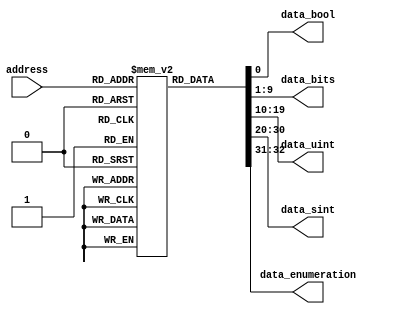
// Generator : SpinalHDL v1.4.3    git head : adf552d8f500e7419fff395b7049228e4bc5de26
// Component : RomTester
// Git hash  : adf552d8f500e7419fff395b7049228e4bc5de26


`define MyEnum_binary_sequential_type [1:0]
`define MyEnum_binary_sequential_a 2'b00
`define MyEnum_binary_sequential_b 2'b01
`define MyEnum_binary_sequential_c 2'b10


module RomTester (
  input      [2:0]    address,
  output              data_bool,
  output     [8:0]    data_bits,
  output     [9:0]    data_uint,
  output     [10:0]   data_sint,
  output     `MyEnum_binary_sequential_type data_enumeration
);
  wire       [32:0]   _zz_3;
  wire       [0:0]    _zz_4;
  wire       [32:0]   _zz_1;
  wire       `MyEnum_binary_sequential_type _zz_2;
  `ifndef SYNTHESIS
  reg [7:0] data_enumeration_string;
  reg [7:0] _zz_2_string;
  `endif

  (* ram_style = "distributed" *) reg [32:0] rom [0:6];

  assign _zz_4 = _zz_1[0 : 0];
  initial begin
    rom[0] = 33'b000000000000000000000000000000000;
    rom[1] = 33'b000000000000000000000000000000001;
    rom[2] = 33'b000000000000000000000001111111110;
    rom[3] = 33'b000000000000011111111110000000000;
    rom[4] = 33'b001111111111100000000000000000000;
    rom[5] = 33'b100000000000000000000000000000000;
    rom[6] = 33'b010000101100000010010100001010110;
  end
  assign _zz_3 = rom[address];
  `ifndef SYNTHESIS
  always @(*) begin
    case(data_enumeration)
      `MyEnum_binary_sequential_a : data_enumeration_string = "a";
      `MyEnum_binary_sequential_b : data_enumeration_string = "b";
      `MyEnum_binary_sequential_c : data_enumeration_string = "c";
      default : data_enumeration_string = "?";
    endcase
  end
  always @(*) begin
    case(_zz_2)
      `MyEnum_binary_sequential_a : _zz_2_string = "a";
      `MyEnum_binary_sequential_b : _zz_2_string = "b";
      `MyEnum_binary_sequential_c : _zz_2_string = "c";
      default : _zz_2_string = "?";
    endcase
  end
  `endif

  assign _zz_1 = _zz_3;
  assign data_bool = _zz_4[0];
  assign data_bits = _zz_1[9 : 1];
  assign data_uint = _zz_1[19 : 10];
  assign data_sint = _zz_1[30 : 20];
  assign _zz_2 = _zz_1[32 : 31];
  assign data_enumeration = _zz_2;

endmodule